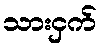
သားငှက်